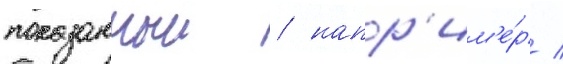
показанныи / напр'им'е́р /